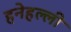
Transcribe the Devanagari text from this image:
हनेहल्ली